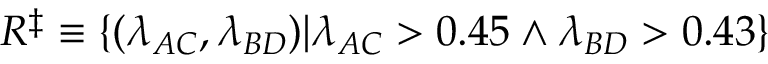
R ^ { \ddagger } \equiv \{ ( \lambda _ { A C } , \lambda _ { B D } ) | { \lambda _ { A C } > 0 . 4 5 \wedge \lambda _ { B D } > 0 . 4 3 } \}